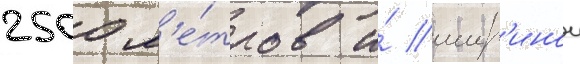
2500 м'е́тров и́ шир'инои